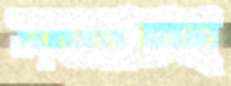
সত্যটিই